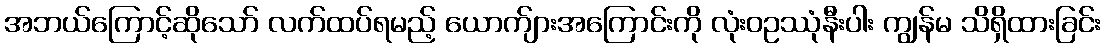
အဘယ်ကြောင့်ဆိုသော် လက်ထပ်ရမည့် ယောက်ျားအကြောင်းကို လုံးဝဥဿုံနီးပါး ကျွန်မ သိရှိထားခြင်း